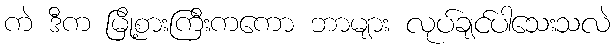
ကဲ ဒီက မြို့စားကြီးကကော ဘာများ လုပ်ချင်ပါသေးသလဲ